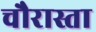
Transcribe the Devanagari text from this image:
चौरास्ता